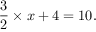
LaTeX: { \frac { 3 } { 2 } } \times x + 4 = 1 0 .